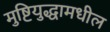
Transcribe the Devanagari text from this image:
मुष्टियुद्धामधील